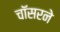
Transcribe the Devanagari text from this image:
चॉसरने